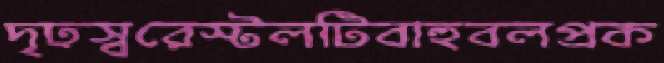
দৃঢ়স্বরেস্টলটিবাহুবলপ্রক